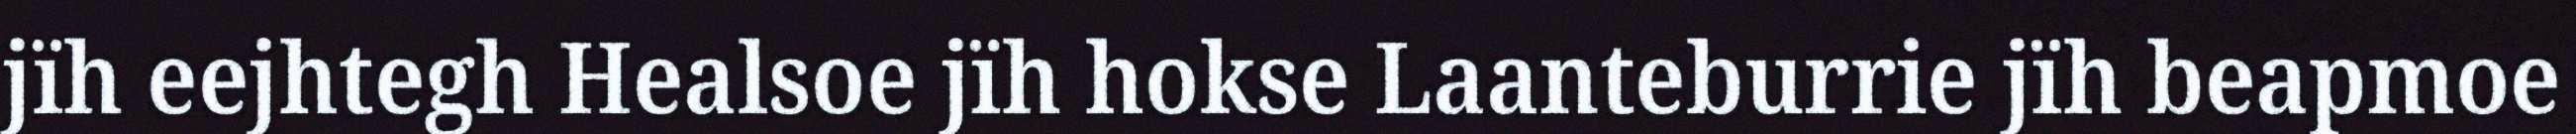
jïh eejhtegh Healsoe jïh hokse Laanteburrie jïh beapmoe